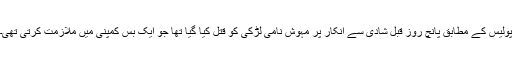
پولیس کے مطابق پانچ روز قبل شادی سے انکار پر مہوش نامی لڑکی کو قتل کیا گیا تھا جو ایک بس کمپنی میں ملازمت کرتی تھی۔